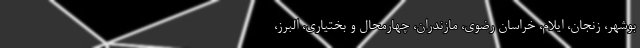
بوشهر، زنجان، ایلام، خراسان رضوی، مازندران، چهارمحال و بختیاری، البرز،